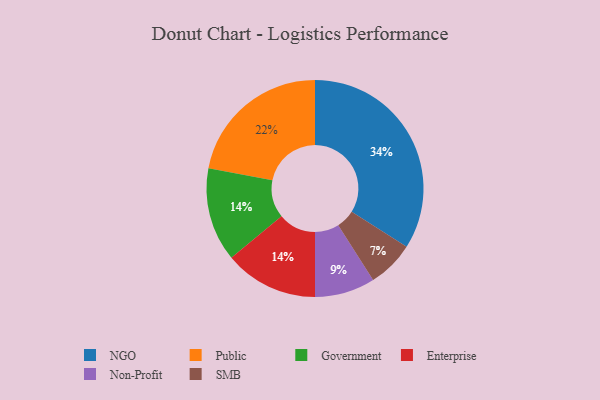
{"axis": {"x": "Category", "y": "Percentage"}, "legend": ["Enterprise", "Government", "NGO", "Non-Profit", "Public", "SMB"], "data": [{"x": "Public", "y": 22, "type": "Public"}, {"x": "Non-Profit", "y": 9, "type": "Non-Profit"}, {"x": "Government", "y": 14, "type": "Government"}, {"x": "Enterprise", "y": 14, "type": "Enterprise"}, {"x": "NGO", "y": 34, "type": "NGO"}, {"x": "SMB", "y": 7, "type": "SMB"}]}